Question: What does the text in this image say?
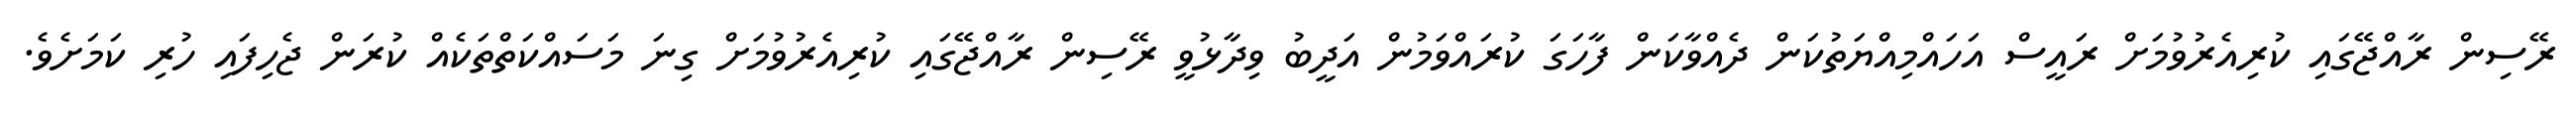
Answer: ރޭސިން ރާއްޖޭގައި ކުރިއެރުވުމަށް ރައީސް އަހައްމިއްޔަތުކަން ދެއްވާކަން ފާހަގަ ކުރައްވަމުން އަދީބު ވިދާޅުވީ ރޭސިން ރާއްޖޭގައި ކުރިއެރުވުމަށް ގިނަ މަސައްކަތްތަކެއް ކުރަން ޖެހިފައި ހުރި ކަމަށެވެ.